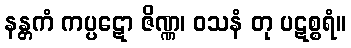
နန္တကံ ကပ္ပဋော ဇိဏ္ဏ၊ ဝသနံ တု ပဋစ္စရံ။